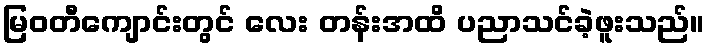
မြဝတီကျောင်းတွင် လေး တန်းအထိ ပညာသင်ခဲ့ဖူးသည်။